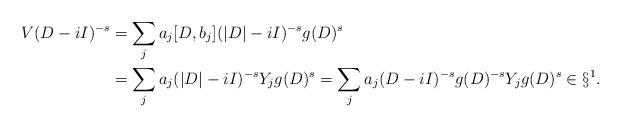
LaTeX: \begin{align*}V(D-iI)^{-s}&=\sum_j a_j[D,b_j](|D|-iI)^{-s}g(D)^s\\&=\sum_j a_j(|D|-iI)^{-s}Y_jg(D)^s=\sum_j a_j(D-iI)^{-s}g(D)^{-s}Y_jg(D)^s\in\S^1.\end{align*}